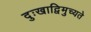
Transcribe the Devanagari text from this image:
दुःखाद्विमुच्यते